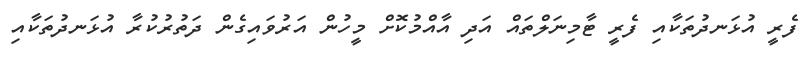
ފެރީ އުޅަނދުތަކާއި ފެރީ ޓާމިނަލްތައް އަދި އާއްމުކޮށް މީހުން އަރުވައިގެން ދަތުރުކުރާ އުޅަނދުތަކާއި